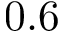
0 . 6